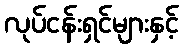
လုပ်ငန်းရှင်များနှင့်